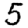
Digit: 5